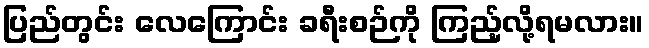
ပြည်တွင်း လေကြောင်း ခရီးစဉ်ကို ကြည့်လို့ရမလား။